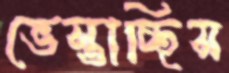
ভেস্তাচ্ছিস